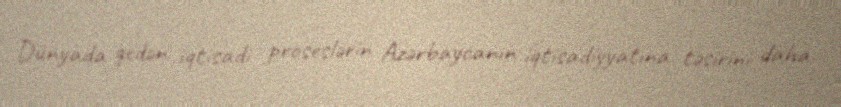
Dünyada gedən iqtisadi proseslərin Azərbaycanın iqtisadiyyatına təsirini daha